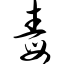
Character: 毒